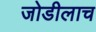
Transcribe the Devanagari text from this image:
जोडीलाच